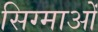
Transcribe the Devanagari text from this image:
सिग्माओं